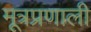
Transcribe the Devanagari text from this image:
मूत्रप्रणाली